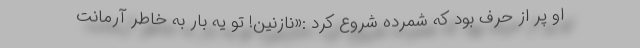
او پُر از حرف بود که شمرده شروع کرد :«نازنین! تو یه بار به خاطر آرمانت